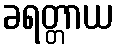
ခရတ္တာယ